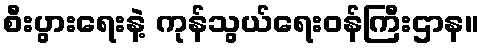
စီးပွားရေးနဲ့ ကုန်သွယ်ရေးဝန်ကြီးဌာန။